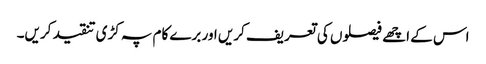
اس کے اچھے فیصلوں کی تعریف کریں اور برے کام پہ کڑی تنقید کریں۔